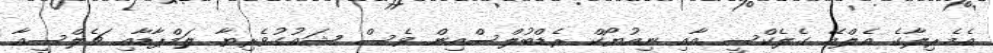
އެމެރިލާގެ އެލްއޭ ގެލެކްސީ އާއި ނިއުޔޯކް ރެޑްބުލްސްއިން ވެސް ޝައުގުވެރިޔާ ލަމްޕާޑާއި ޗެލްސީއާ